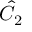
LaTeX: { \hat { C } } _ { 2 }